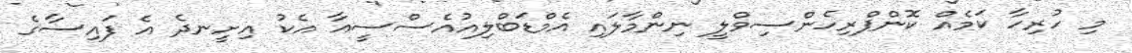
މި ހުރިހާ ކަމެއް ކޮންޕްރިހެންސިވްލީ ނިންމާލައި އެމްޑަބްލިއުއެސްސީއާ އެކު އިށީނދެ އެ ފައިސާގެ